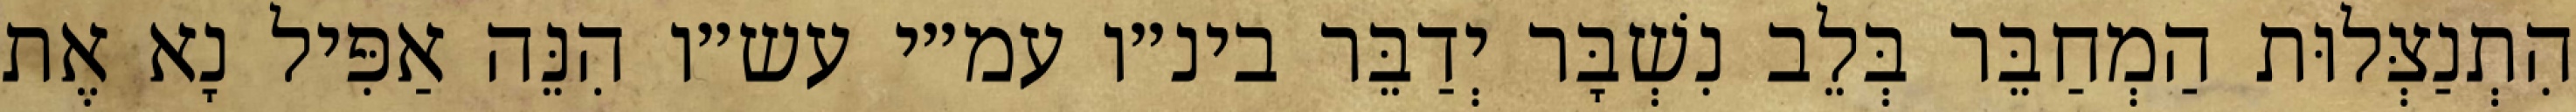
הִתְנַצְּלוּת הַמְחַבֵּר בְּלֵב נִשְׁבָּר יְדַבֵּר בינ״ו עמ״י עש״ו הִנֵּה אַפִּיל נָא אֶת